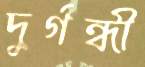
দুর্গন্ধী